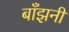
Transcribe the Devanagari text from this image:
बाँझनी